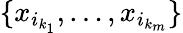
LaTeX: \{ x_{i_{k_{1}}},\dots,x_{i_{k_{m}}}\}